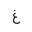
Letter: _gayn